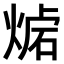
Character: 𤋛